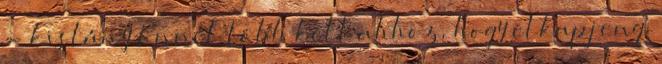
- kislány Ennél több kell ahhoz, hogy elkapj eng.